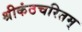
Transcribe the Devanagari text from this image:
श्रीकंठचरितम्‌